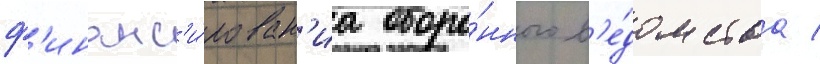
ф'инанс'и́рован'иа оборо́нного в'е́домства /